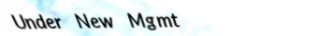
Under New Mgmt